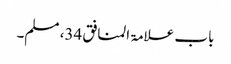
باب علامۃ المنافق 34، مسلم۔